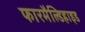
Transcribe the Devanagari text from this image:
फारमैल्डिहाइड